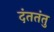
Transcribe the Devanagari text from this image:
दंततंतु